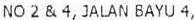
NO 2 & 4, JALAN BAYU 4,